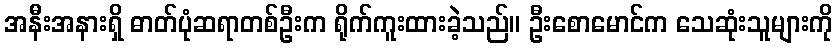
အနီးအနားရှိ ဓာတ်ပုံဆရာတစ်ဦးက ရိုက်ကူးထားခဲ့သည်။ ဦးစောမောင်က သေဆုံးသူများကို